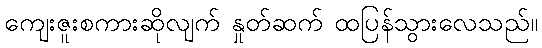
ကျေးဇူးစကားဆိုလျက် နှုတ်ဆက် ထပြန်သွားလေသည်။